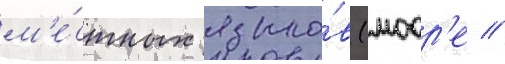
м'е́стных языко́в (моор'е /